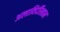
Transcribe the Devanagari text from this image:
अलाविर्दीखान